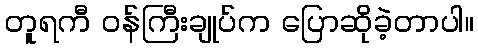
တူရကီ ဝန်ကြီးချုပ်က ပြောဆိုခဲ့တာပါ။